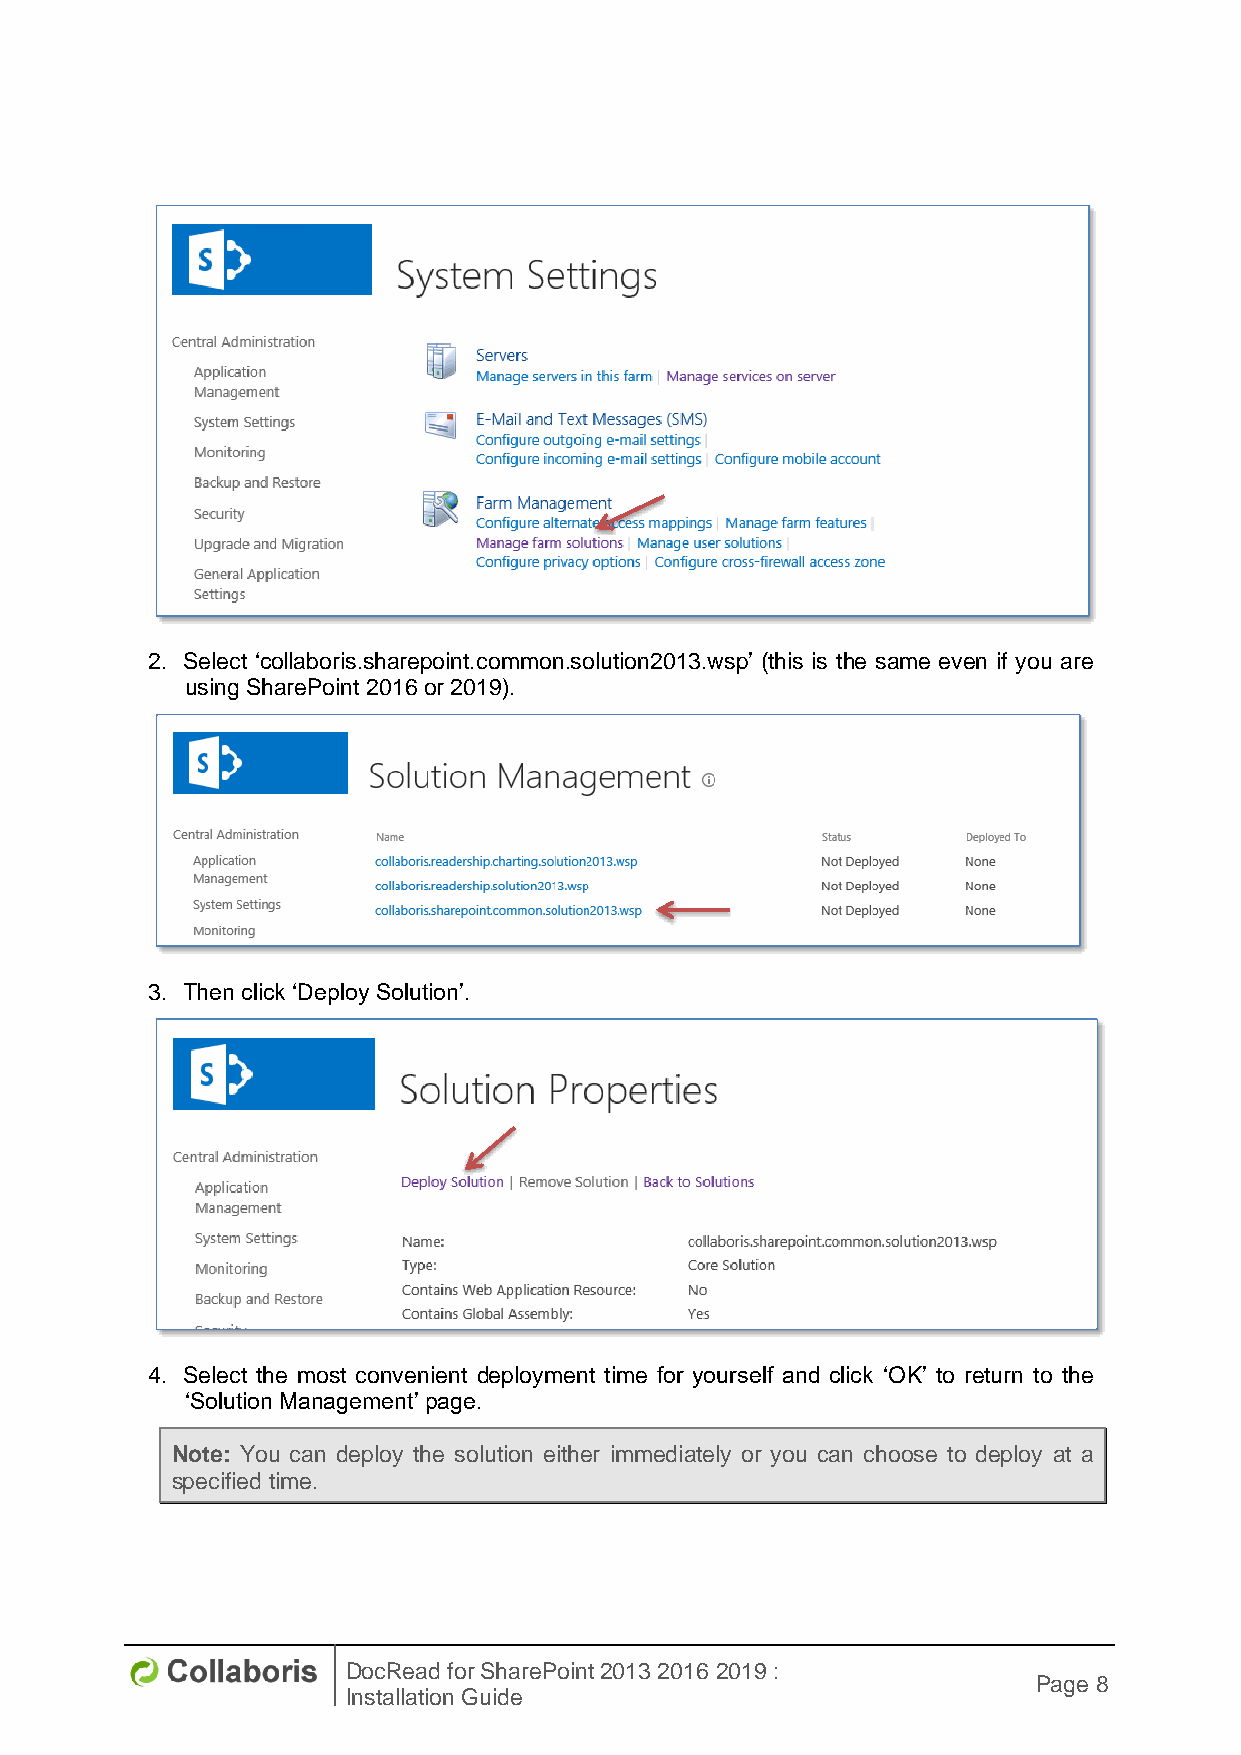
2. Select ‘collaboris.sharepoint.common.solution2013.wsp’ (this is the same even if you are
 using SharePoint 2016 or 2019).
 3. Then click ‘Deploy Solution’.
 4. Select the most convenient deployment time for yourself and click ‘OK’ to return to the
 ‘Solution Management’ page.
 Note: You can deploy the solution either immediately or you can choose to deploy at a
 specified time.
 DocRead for SharePoint 2013 2016 2019 :
 Page 8
 Installation Guide